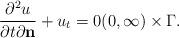
LaTeX: \begin{align*} \frac{\partial^2 u}{\partial t \partial{\bf{n}}} + u_t = 0 (0,\infty)\times\Gamma.\end{align*}